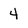
Character: 4